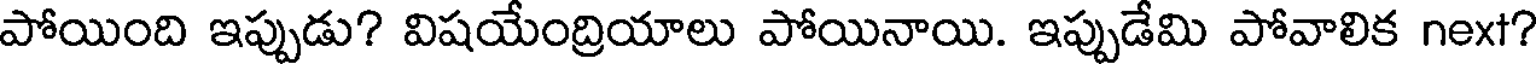
పోయింది ఇప్పుడు? విషయేంద్రియాలు పోయినాయి. ఇప్పుడేమి పోవాలిక next?